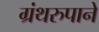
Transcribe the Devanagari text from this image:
ग्रंथरुपाने